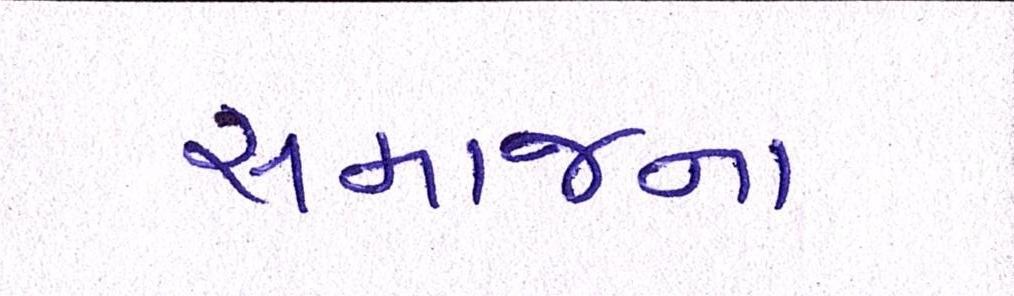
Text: સમાજના